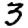
Digit: 3